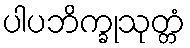
ပါပဘိက္ခုသုတ္တံ